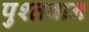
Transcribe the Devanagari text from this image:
पुश्तवान